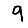
Digit: 9